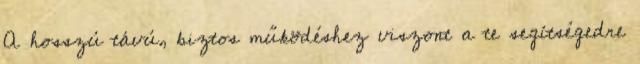
A hosszú távú, biztos működéshez viszont a te segítségedre